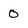
Character: 0